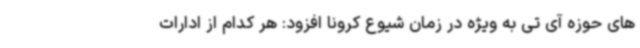
های حوزه آی تی به ویژه در زمان شیوع کرونا افزود: هر کدام از ادارات